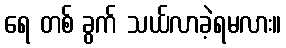
ရေ တစ် ခွက် သယ်လာခဲ့ရမလား။